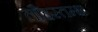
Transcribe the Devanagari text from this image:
लौहस्तम्भ